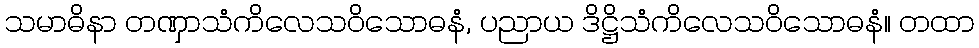
သမာဓိနာ တဏှာသံကိလေသဝိသောဓနံ, ပညာယ ဒိဋ္ဌိသံကိလေသဝိသောဓနံ။ တထာ